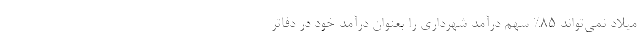
ميلاد نمي‌تواند 85% سهم درآمد شهرداري را بعنوان درآمد خود در دفاتر